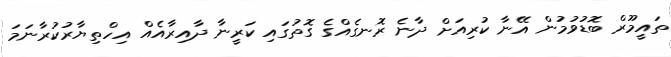
ތައީމޫރް ބޮޑުވުމުން އޭނާ ކުރިއަށް ދާނެ ރޮނގެއްގެ ގޮތުގައި ކަރީނާ ދާއިރާއެއް އިހްތިޔާރުކުރާނަމަ